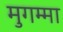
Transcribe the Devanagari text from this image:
मुगम्मा